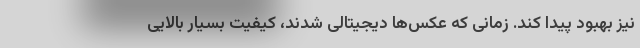
نیز بهبود پیدا کند. زمانی که عکس‌ها دیجیتالی شدند، کیفیت بسیار بالایی